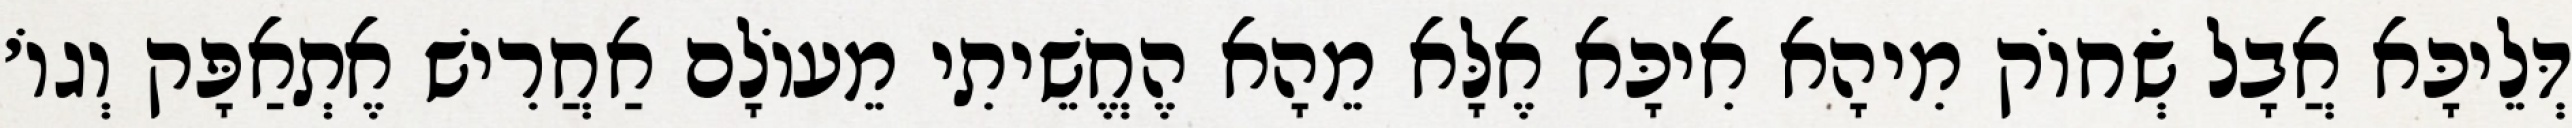
דְּלֵיכָּא אֲבָל שְׂחוֹק מִיהָא אִיכָּא אֶלָּא מֵהָא הֶחֱשֵׁיתִי מֵעוֹלָם אַחֲרִישׁ אֶתְאַפָּק וְגוֹ׳